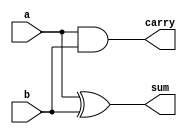
`timescale 1ns/10ps

module ha(a, b, sum, carry);
input a, b;
output sum, carry;

xor xor1(sum, a, b);
and and1(carry, a, b);
endmodule

module fa(a, b, cin, sum, carry);
input a, b, cin;
output sum, carry;
wire w1, w2, w3;

xor xor1(w1, a, b);
xor xor2(sum, w1, cin);
and and1(w2, w1, cin);
and and2(w3, a, b);
or or1(carry, w2, w3);
endmodule

module add(a, b, out,cout);
input signed [63:0] a, b;
output signed [63:0] out;
output signed cout;
wire signed [63:0]carry;

genvar i;

generate 
for (i = 0; i < 64; i = i + 1)
begin
    if (i == 0)
        ha ha1(a[0], b[0], out[0], carry[0]);
    else
        fa fa1(a[i], b[i], carry[i - 1], out[i], carry[i]);
    end
    assign cout = carry[63];
endgenerate
endmodule